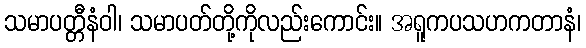
သမာပတ္တီနံဝါ၊ သမာပတ်တို့ကိုလည်းကောင်း။ အရူကပသဟကတာနံ၊